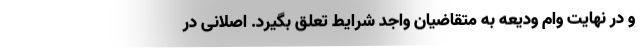
و در نهایت وام ودیعه به متقاضیان واجد شرایط تعلق بگیرد. اصلانی در